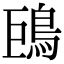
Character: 𩿝